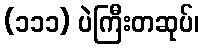
(၁၁၁) ပဲကြီးတဆုပ်၊